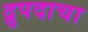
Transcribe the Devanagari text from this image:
द्रुपदाचा